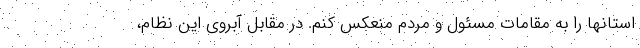
استانها را به مقامات مسئول و مردم منعکس کنم. در مقابل آبروی این نظام،